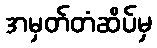
အမှတ်တံဆိပ်မှ